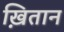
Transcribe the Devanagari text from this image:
ख़ितान